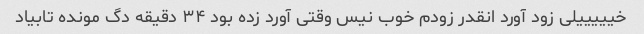
خیییییلی زود آورد انقدر زودم خوب نیس وقتی آورد زده بود ۳۴ دقیقه دگ مونده تابیاد